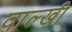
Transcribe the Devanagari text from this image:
वाल्खी